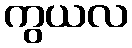
ကွယလ